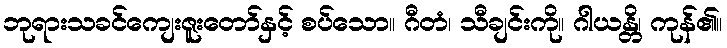
ဘုရားသခင်ကျေးဇူးတော်နှင့် စပ်သော။ ဂီတံ၊ သီချင်းကို။ ဂါယန္တိ၊ ကုန်၏။